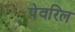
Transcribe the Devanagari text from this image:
पेवरिल